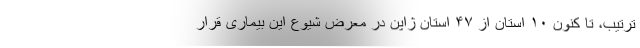
ترتیب، تا کنون ۱۰ استان از ۴۷ استان ژاپن در معرض شیوع این بیماری قرار